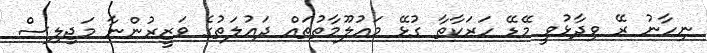
ނިހާނު ރޭ ވިދާޅުވީ މޭޑޭ ހަރަކާތާ ގުޅޭ މައުލޫމާތުތައް ދައުލަތުގެ ވަޒީރުންނާ މަޖިލިސް